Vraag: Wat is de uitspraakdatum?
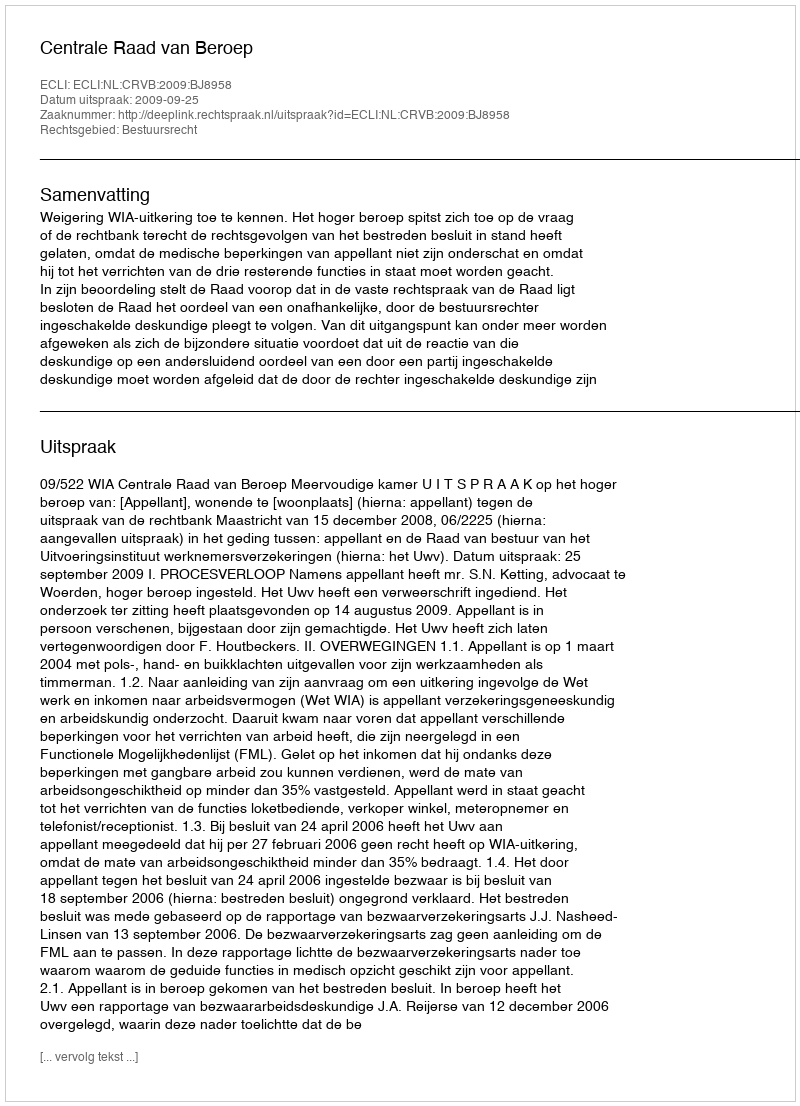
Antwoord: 2009-09-25